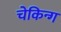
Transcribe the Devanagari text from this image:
चेकिन्ग